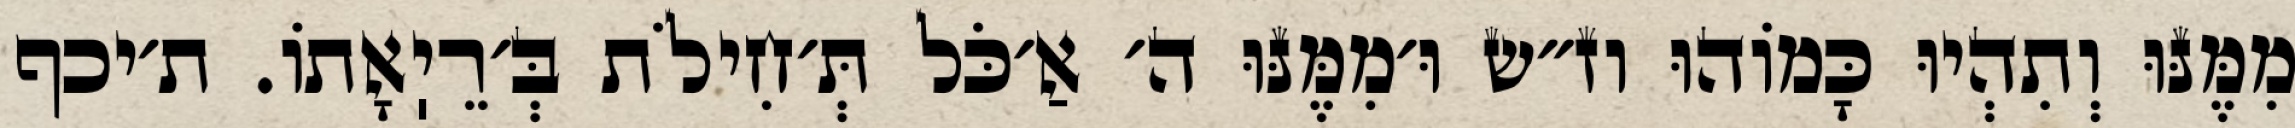
מִמֶּנּוּ וְתִהְיוּ כָּמוֹהוּ וז״ש וּ׳מִמֶּנּוּ ה׳ אַ׳כֹּל תְּ׳חִילֹת בְּ׳רֵיֽאָתוֹ. ת׳יכף